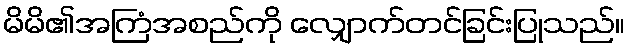
မိမိ၏အကြံအစည်ကို လျှောက်တင်ခြင်းပြုသည်။